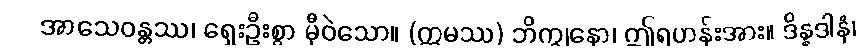
အာသေဝန္တဿ၊ ရှေးဦးစွာ မှီဝဲသော။ (ဣမဿ) ဘိက္ခုနော၊ ဤရဟန်းအား။ ဒိန္နဒါနံ၊